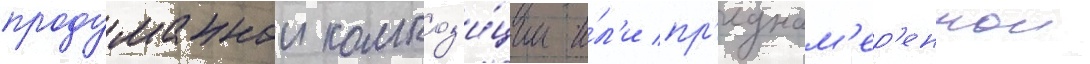
продуманнои композ'и́ции и́л'и пр'еднам'ер'еннои